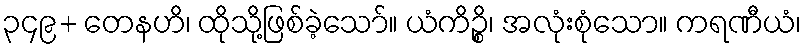
၃၄၉+ တေနဟိ၊ ထိုသို့ဖြစ်ခဲ့သော်။ ယံကိဉ္စိ၊ အလုံးစုံသော။ ကရဏီယံ၊